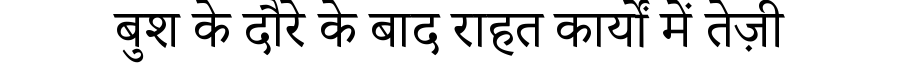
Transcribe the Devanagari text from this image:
बुश के दौरे के बाद राहत कार्यों में तेज़ी